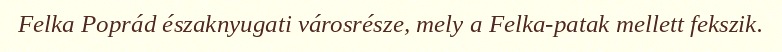
Felka Poprád északnyugati városrésze, mely a Felka-patak mellett fekszik.